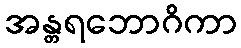
အန္တရဘောဂိကာ